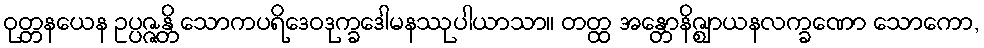
ဝုတ္တနယေန ဥပ္ပဇ္ဇန္တိ သောကပရိဒေဝဒုက္ခဒေါမနဿုပါယာသာ။ တတ္ထ အန္တောနိဇ္ဈာယနလက္ခဏော သောကော,